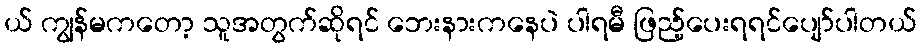
ယ် ကျွန်မကတော့ သူအတွက်ဆိုရင် ဘေးနားကနေပဲ ပါရမီ ဖြည့်ပေးရရင်ပျော်ပါတယ်